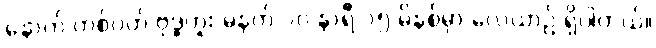
နောက် တစ်ပတ် ဗုဒ္ဓဟူး မနက် ၁၀ နာရီ ၁၅ မိနစ်မှာ လေယာဉ် ရှိပါတယ်။